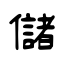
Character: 儲